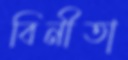
বিনীতা